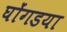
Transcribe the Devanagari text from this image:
घोंगडया